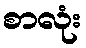
စာလုံး